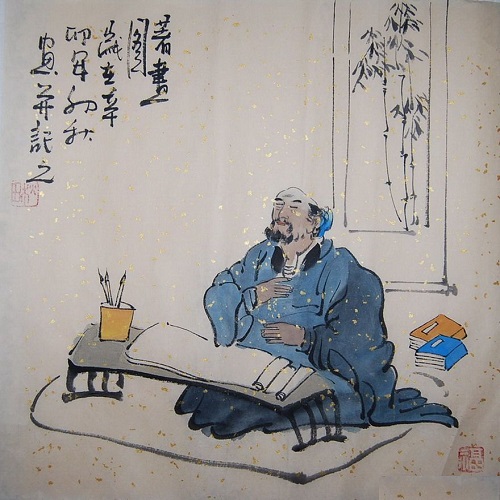
爱人利人以得福者有矣，恶人贼人以得祸者亦有矣。